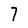
Character: 7